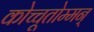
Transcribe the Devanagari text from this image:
कोच्चूतोम्मन्